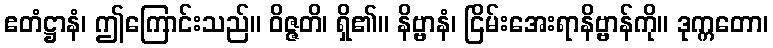
ဧတံဋ္ဌာနံ၊ ဤကြောင်းသည်။ ဝိဇ္ဇတိ၊ ရှိ၏။ နိဗ္ဗာနံ၊ ငြိမ်းအေးရာနိဗ္ဗာန်ကို။ ဒုက္ကတော၊